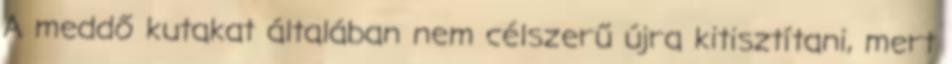
A meddő kutakat általában nem célszerű újra kitisztítani, mert